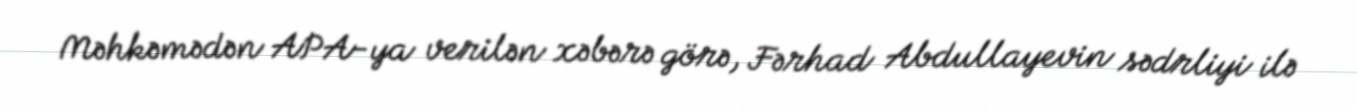
Məhkəmədən APA-ya verilən xəbərə görə, Fərhad Abdullayevin sədrliyi ilə